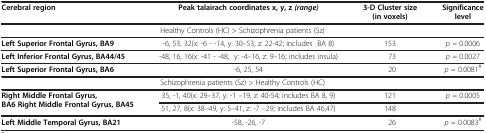
<table><thead><tr><td><b>Cerebral region</b></td><td><b>Peak talairach coordinates x, y, z<i>(range)</i></b></td><td><b>3-D Cluster size (in voxels)</b></td><td><b>Significance level</b></td></tr></thead><tbody><tr><td colspan="4">Healthy Controls (HC) &gt; Schizophrenia patients (Sz)</td></tr><tr><td><b>Left Superior Frontal Gyrus, BA9</b></td><td>-6, 53, 32(x: -6 - -14, y: 30–53, z: 22-42; includes BA 8)</td><td>153</td><td><i>p</i> = 0.0006</td></tr><tr><td><b>Left Inferior Frontal Gyrus, BA44/45</b></td><td>-48, 16, 16(x: -41 - -48, y: -4–16, z: 9–16; includes insula)</td><td>73</td><td><i>p</i> = 0.0027</td></tr><tr><td><b>Left Superior Frontal Gyrus, BA6</b></td><td>-6, 25, 54</td><td>20</td><td><i>p</i> = 0.0081<sup>#</sup></td></tr><tr><td colspan="4">Schizophrenia patients (Sz) &gt; Healthy Controls (HC)</td></tr><tr><td><b>Right Middle Frontal Gyrus, BA6 Right Middle Frontal Gyrus, BA45</b></td><td>35, -1, 40(x: 29–37, y: -1 –19, z: 40-54; includes BA 8, 9)</td><td>121</td><td><i>p</i> = 0.0005</td></tr><tr><td> </td><td>51, 27, 8(x: 38–49, y: 5–41, z: -7 –29; includes BA 46,47)</td><td>148</td><td> </td></tr><tr><td><b>Left Middle Temporal Gyrus, BA21</b></td><td>-58, -26, -7</td><td>26</td><td><i>p</i> = 0.0083<sup>#</sup></td></tr></tbody></table>